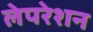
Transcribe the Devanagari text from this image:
लेपरेशन